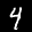
Label: 4